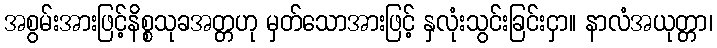
အစွမ်းအားဖြင့်နိစ္စသုခအတ္တဟု မှတ်သောအားဖြင့် နှလုံးသွင်းခြင်းငှာ။ နာလံအယုတ္တာ၊